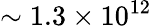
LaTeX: \sim 1.3\times 10^{12}